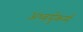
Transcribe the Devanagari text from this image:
अध्वर्युकर्म